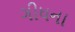
ગીધના